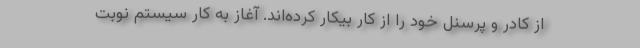
از کادر و پرسنل خود را از کار بیکار کرده‌اند. آغاز به کار سیستم نوبت